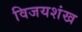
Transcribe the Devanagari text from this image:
विजयशंख